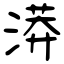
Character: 漭